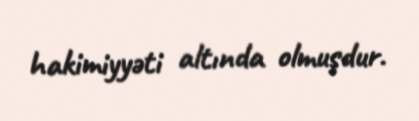
hakimiyyəti altında olmuşdur.